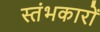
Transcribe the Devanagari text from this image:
स्‍तंभकारों